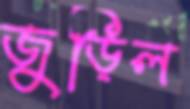
জুড়িল